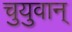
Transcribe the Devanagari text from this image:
चुयुवान्